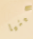
كينيا